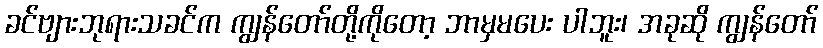
ခင်ဗျားဘုရားသခင်က ကျွန်တော်တို့ကိုတော့ ဘာမှမပေး ပါဘူး၊ အခုဆို ကျွန်တော်